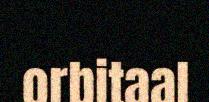
orbitaal